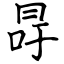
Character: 冔